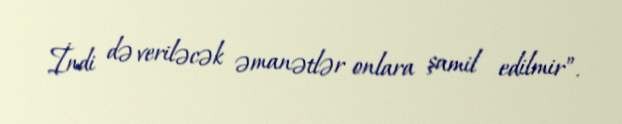
İndi də veriləcək əmanətlər onlara şamil edilmir”.